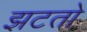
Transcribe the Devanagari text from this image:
झटतो